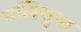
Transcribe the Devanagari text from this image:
चलिसुवा